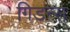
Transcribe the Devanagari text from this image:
गिडन्स